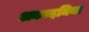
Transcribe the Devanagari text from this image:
अकादमिया